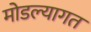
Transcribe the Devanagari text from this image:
मोडल्यागत